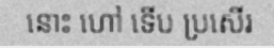
នោះ ហៅ ទើប ប្រសើរ